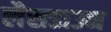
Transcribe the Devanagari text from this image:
लैसडाउन